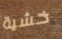
خشية